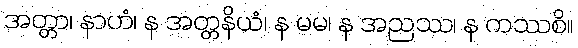
အတ္တာ၊ နာဟံ၊ န အတ္တနိယံ၊ န မမ၊ န အညဿ၊ န ကဿစိ။